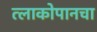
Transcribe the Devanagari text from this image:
त्लाकोपानचा